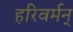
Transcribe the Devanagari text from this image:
हरिवर्मन्‌